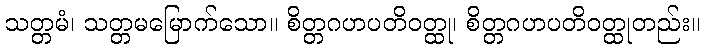
သတ္တမံ၊ သတ္တမမြောက်သော။ စိတ္တဂဟပတိဝတ္ထု၊ စိတ္တဂဟပတိဝတ္ထုတည်း။